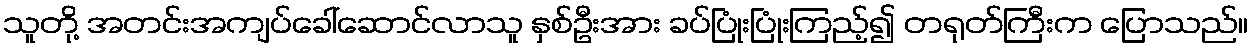
သူတို့ အတင်းအကျပ်ခေါ်ဆောင်လာသူ နှစ်ဦးအား ခပ်ပြုံးပြုံးကြည့်၍ တရုတ်ကြီးက ပြောသည်။